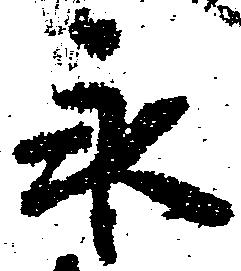
永